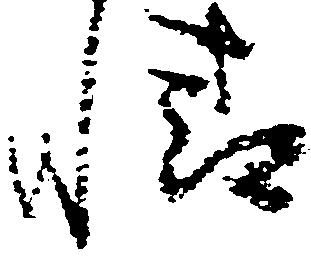
情